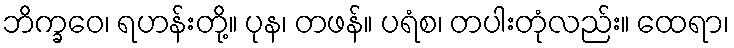
ဘိက္ခဝေ၊ ရဟန်းတို့။ ပုန၊ တဖန်။ ပရံစ၊ တပါးတုံလည်း။ ထေရာ၊